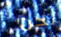
نحن